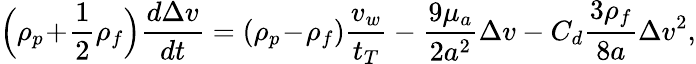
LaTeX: \Bigl(\rho_{p}\! +\! \frac{1}{2}\rho_{f}\Bigr)\frac{d\Delta{v}}{dt}=(\rho_{p}\! -\! \rho_{f})\frac{v_{w}}{t_{T}}-\frac{9\mu_{a}}{2a^{2}}\Delta{v}-C_{d}\frac{3\rho_{f}}{8a}\Delta{v}^{2},